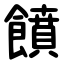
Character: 饙